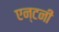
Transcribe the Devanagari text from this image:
एन्टनी